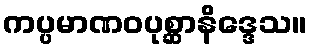
ကပ္ပမာဏဝပုစ္ဆာနိဒ္ဒေသ။